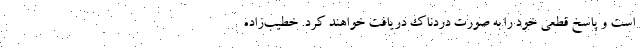
است و پاسخ قطعی خود را به صورت دردناک دریافت خواهند کرد. خطیب‌زاده